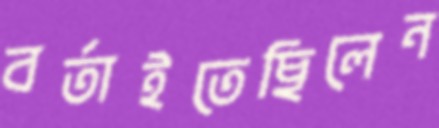
বর্তাইতেছিলেন